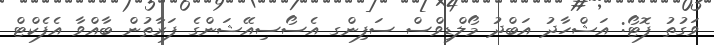
ވަގުތު ފޮޓޯ: އަޝްހާދު އަބްދު މޯލްޑިވްސް ސަފިންގ އެސޯސިއޭޝަންގެ ފަރާތުން ބާއްވާ އެފެކްްޓް